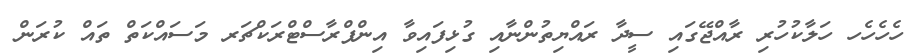
ހެހެހެހ ހަލާކުހުރި ރާއްޖޭގައި ސީދާ ރައްޔިތުންނާއި ގުޅިފައިވާ އިންފްރާސްޓްރަކްޗަރ މަަސައްކަތް ތައް ކުރަން